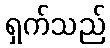
ရှက်သည်